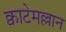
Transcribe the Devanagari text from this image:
क्वाटेमल्लान